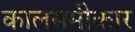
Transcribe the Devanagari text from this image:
कालसमीकार